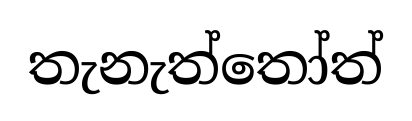
තැනැත්තෝත්